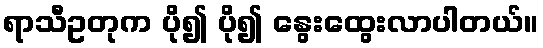
ရာသီဥတုက ပို၍ ပို၍ နွေးထွေးလာပါတယ်။